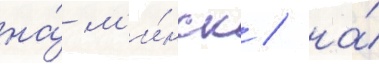
на́ м'и́нск / на́